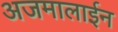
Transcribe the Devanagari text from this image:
अजमालाईन